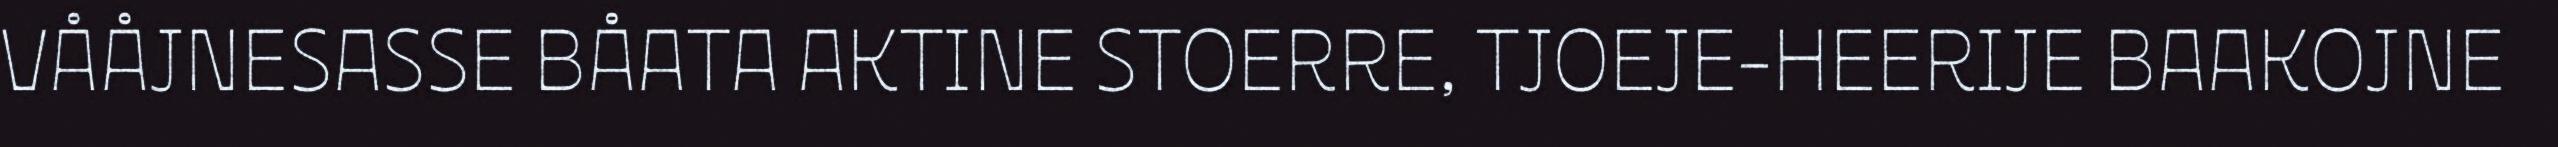
VÅÅJNESASSE BÅATA AKTINE STOERRE, TJOEJE-HEERIJE BAAKOJNE